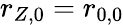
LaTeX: r_{Z,0}=r_{0,0}